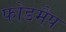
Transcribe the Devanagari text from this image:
फोडमैप